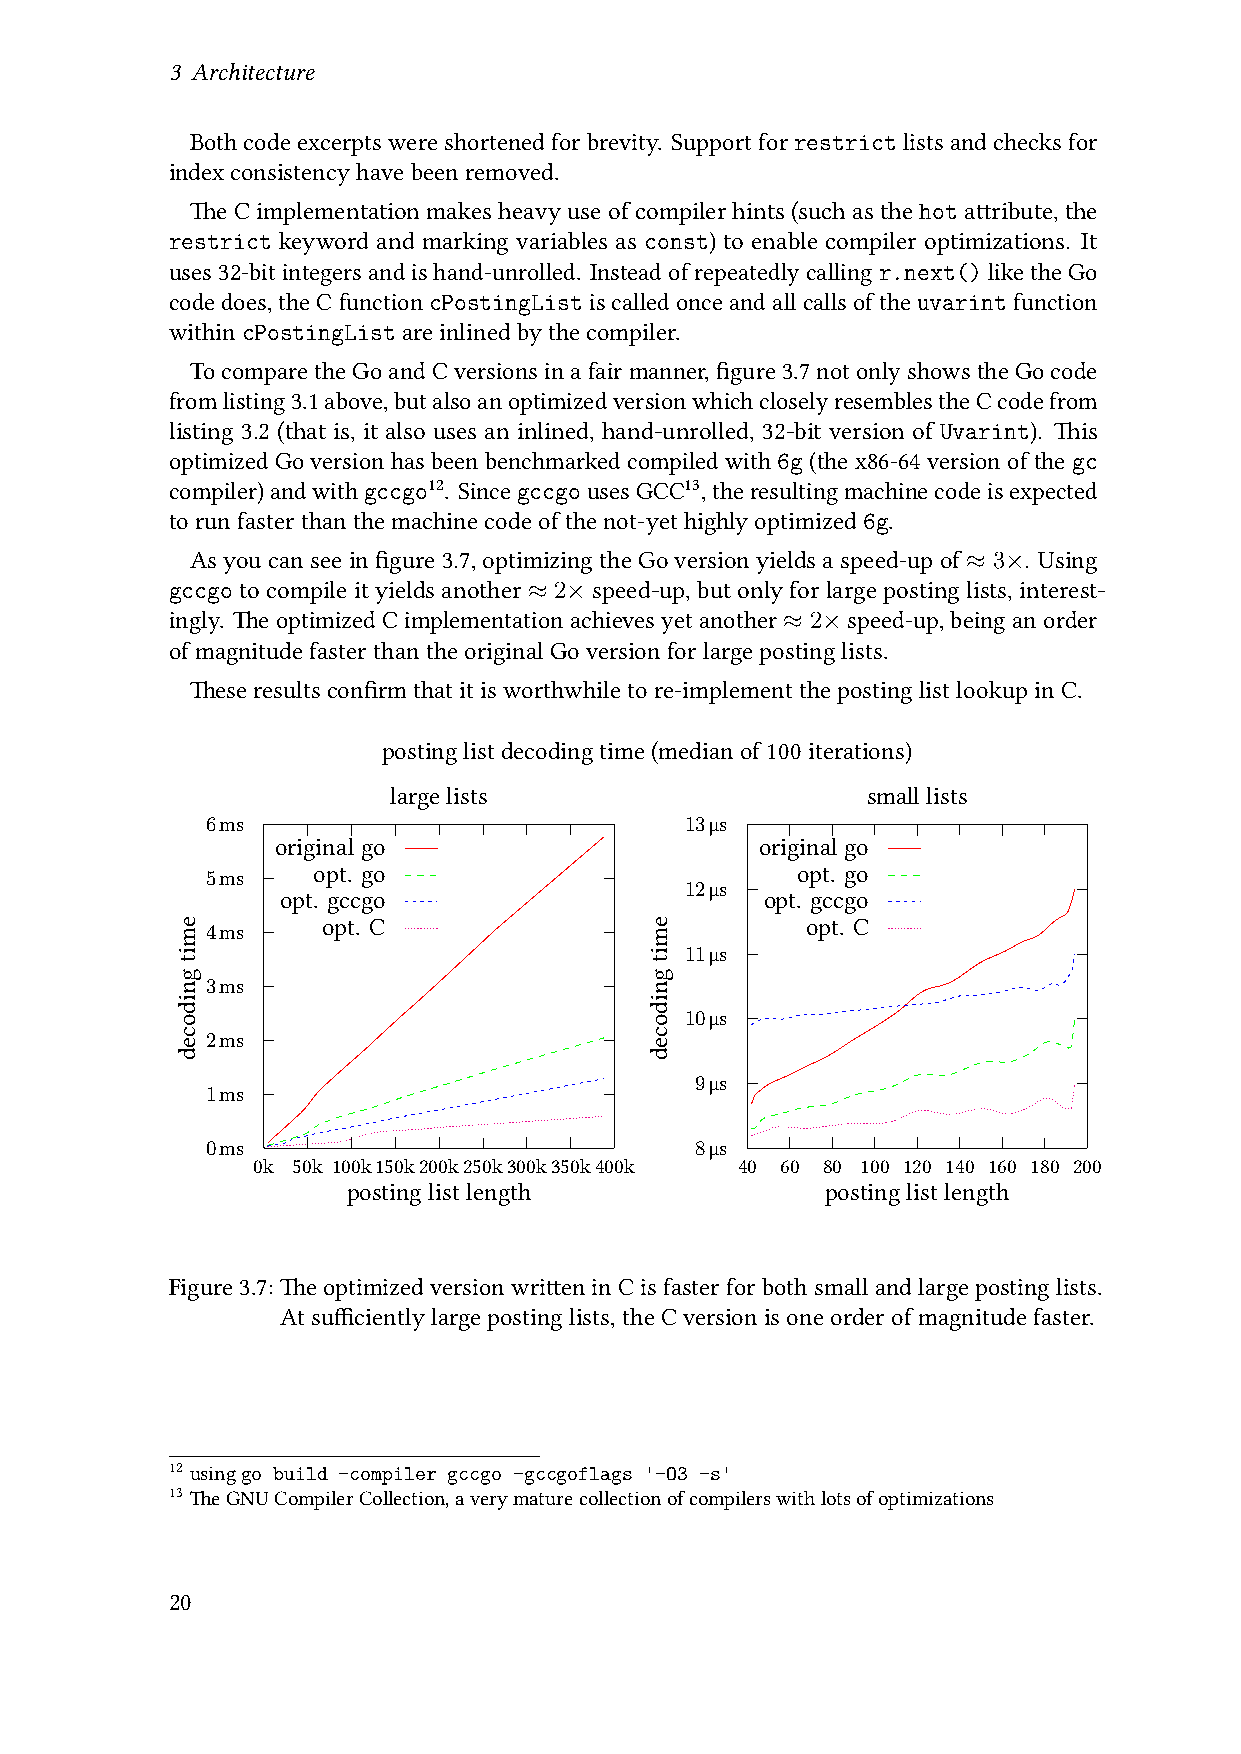
3 Architecture
 Both code excerpts were shortened for brevity. Support for restrict lists and checks for
 indexconsistencyhavebeenremoved.
 The C implementation makes heavy use of compiler hints (such as the hot attribute, the
 restrict keyword and marking variables as const) to enable compiler optimizations. It
 uses32-bitintegersandishand-unrolled. Insteadofrepeatedlycallingr.next()liketheGo
 codedoes,theCfunctioncPostingListiscalledonceandallcallsoftheuvarintfunction
 withincPostingListareinlinedbythecompiler.
 TocomparetheGoandCversionsinafairmanner,figure3.7notonlyshowstheGocode
 fromlisting3.1above,butalsoanoptimizedversionwhichcloselyresemblestheCcodefrom
 listing 3.2 (that is, it also uses an inlined, hand-unrolled, 32-bit version of Uvarint). This
 optimized Go version has been benchmarked compiled with 6g (the x86-64 version of the gc
 compiler)andwithgccgo12. SincegccgousesGCC13,theresultingmachinecodeisexpected
 torunfasterthanthemachinecodeofthenot-yethighlyoptimized6g.
 Asyoucan see infigure3.7, optimizingtheGo versionyieldsa speed-upof≈ 3×. Using
 gccgo tocompile ityieldsanother ≈ 2× speed-up, but onlyforlargeposting lists,interest-
 ingly. TheoptimizedC implementationachievesyetanother≈ 2×speed-up,beinganorder
 ofmagnitudefasterthantheoriginalGoversionforlargepostinglists.
 Theseresultsconfirmthatitisworthwhiletore-implementthepostinglistlookupinC.
 postinglistdecodingtime(medianof100iterations)
 largelists                     smalllists
 6ms                            13μs
 originalgo                      originalgo
 5ms    opt. go                         opt. go
 12μs
 opt. gccgo                      opt. gccgo
 4ms    opt. C                          opt. C
 11μs
 3ms
 10μs
 2ms
 9μs
 1ms
 0ms                             8μs
 0k 50k 100k150k200k250k300k350k400k 40 60 80 100 120 140 160 180 200
 postinglistlength               postinglistlength
 Figure3.7:The optimized version written in C is faster for both small and large posting lists.
 Atsufficientlylargepostinglists,theCversionisoneorderofmagnitudefaster.
 12 usinggo build -compiler gccgo -gccgoflags '-O3 -s'
 13 TheGNUCompilerCollection,averymaturecollectionofcompilerswithlotsofoptimizations
 20
 emitgnidoced                   emitgnidoced